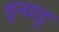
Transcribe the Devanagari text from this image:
इनाडु